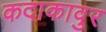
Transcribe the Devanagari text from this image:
कदाकावुर